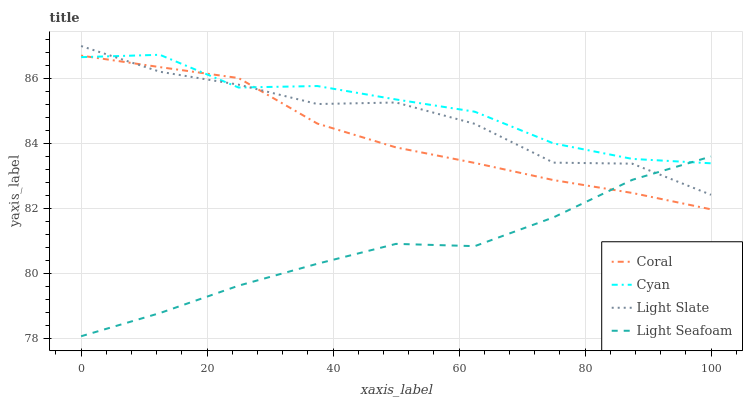
| xaxis_label | Coral | Cyan | Light Slate | Light Seafoam |
 | --- | --- | --- | --- | --- |
 | 0 | 86.7 | 86.7 | 87 | 78.1 |
 | 12.5 | 86.4 | 86.7 | 86.2 | 78.8 |
 | 25 | 86 | 85.7 | 85.8 | 79.6 |
 | 37.5 | 84.6 | 85.8 | 85.2 | 80.3 |
 | 50 | 83.9 | 85.4 | 85.3 | 80.9 |
 | 62.5 | 83.4 | 85 | 84.6 | 80.8 |
 | 75 | 82.9 | 84 | 83.4 | 81.7 |
 | 87.5 | 82.5 | 83.5 | 83.4 | 82.9 |
 | 100 | 82 | 83.4 | 82.4 | 83.6 |